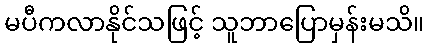
မပီကလာနိုင်သဖြင့် သူဘာပြောမှန်းမသိ။